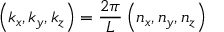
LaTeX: \left( k _ { x } , k _ { y } , k _ { z } \right) = { \frac { 2 \pi } { L } } \left( n _ { x } , n _ { y } , n _ { z } \right)